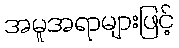
အမူအရာများဖြင့်